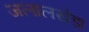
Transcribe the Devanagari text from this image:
जलालखेडा